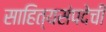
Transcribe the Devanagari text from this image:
साहित्यसंपदेची